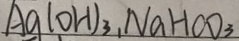
A g ( O H ) _ { 3 } , N a H C O _ { 3 }